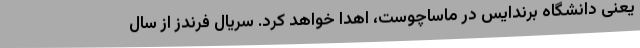
یعنی دانشگاه برندایس در ماساچوست، اهدا خواهد کرد. سریال فرندز از سال